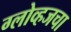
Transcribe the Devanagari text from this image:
ग्लोव्हजचा